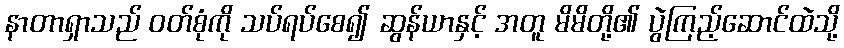
နာတာရှာသည် ဝတ်စုံကို သပ်ရပ်စေ၍ ဆွန်ယာနှင့် အတူ မိမိတို့၏ ပွဲကြည့်ဆောင်ထဲသို့